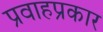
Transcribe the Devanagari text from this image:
प्रवाहप्रकार